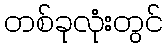
တစ်ခုလုံးတွင်